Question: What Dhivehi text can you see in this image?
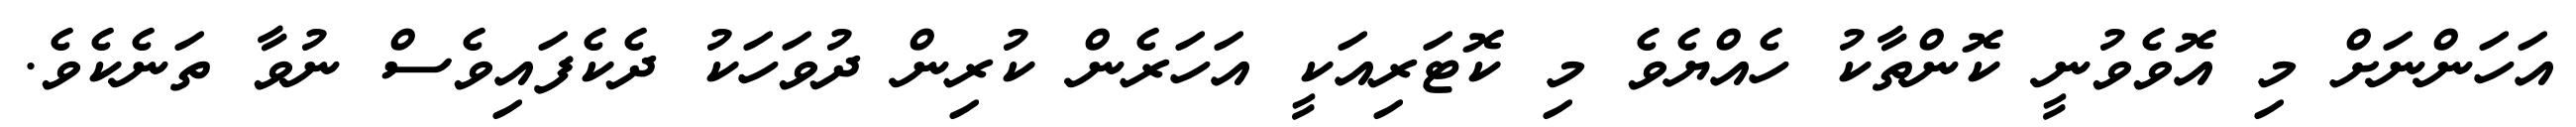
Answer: އަހަންނަށް މި އޮވެވުނީ ކޮންތާކު ހެއްޔެވެ މި ކޮޓަރިއަކީ އަހަރެން ކުރިން ދުވަހަކު ދެކެފައިވެސް ނުވާ ތަނެކެވެ.